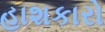
હાશકારો